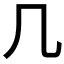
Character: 几